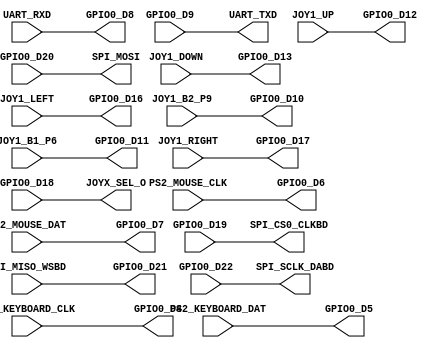
/*
A clock divider in Verilog
*/

module deca_top(
  //input MAX10_CLK1_50,

  /////  IO DECA

  // PS2
  input 	PS2_KEYBOARD_CLK,
  input 	PS2_KEYBOARD_DAT,
  input 	PS2_MOUSE_CLK,
  input 	PS2_MOUSE_DAT,

  // UART
  input   UART_RXD,
  output 	UART_TXD,
  
  // JOYSTICK
	input   JOY1_B2_P9,
	input   JOY1_B1_P6,
	input   JOY1_UP,
	input   JOY1_DOWN,
	input   JOY1_LEFT,
	input   JOY1_RIGHT,
	output  JOYX_SEL_O,

  //Pmod MicroSD
  //inout [7:0]  PMOD1,     
  output SPI_CS0_CLKBD, //CS
  output SPI_MOSI,      //MOSI
  input  SPI_MISO_WSBD, //MISO
  output SPI_SCLK_DABD, //SCK
  
  /////  IO SOCKIT - Signal interface with SOCKIT board
  //keyb
  output GPIO0_D4,  
  output GPIO0_D5,
  //mouse
  output GPIO0_D6,  
  output GPIO0_D7,
  //uart
  output GPIO0_D8,  
  input  GPIO0_D9,
  //joy
  output GPIO0_D10, 
  output GPIO0_D11,
  output GPIO0_D12,
  output GPIO0_D13,
  output GPIO0_D16,
  output GPIO0_D17,
  input  GPIO0_D18,
  //sd card pmod1
  input  GPIO0_D19, //CS
  input  GPIO0_D20, //MOSI
  output GPIO0_D21, //MISO
  input  GPIO0_D22 //SCK
 );


assign GPIO0_D4  = PS2_KEYBOARD_CLK;  //HSMC_CLKIN_n1 PIN_AB27
assign GPIO0_D5  = PS2_KEYBOARD_DAT;  //HSMC_RX _n[7] PIN_F8 
assign GPIO0_D6  = PS2_MOUSE_CLK;     //HSMC_CLKIN_p1 PIN_AA26
assign GPIO0_D7  = PS2_MOUSE_DAT;     //HSMC_RX _p[7] PIN_F9
assign GPIO0_D8  = UART_RXD;          //HSMC_TX _n[7] PIN_B3
assign UART_TXD  = GPIO0_D9;          //HSMC_RX _n[6] PIN_G8
assign GPIO0_D10 = JOY1_B2_P9;        //HSMC_TX _p[7] PIN_C3
assign GPIO0_D11 = JOY1_B1_P6;        //HSMC_RX _p[6] PIN_H8
assign GPIO0_D12 = JOY1_UP;           //HSMC_TX _n[6] PIN_D4
assign GPIO0_D13 = JOY1_DOWN;         //HSMC_RX _n[5] PIN_H7
assign GPIO0_D16 = JOY1_LEFT;         //HSMC_TX _p[6] PIN_E4
assign GPIO0_D17 = JOY1_RIGHT;        //HSMC_RX _p[5] PIN_J7

assign JOYX_SEL_O = GPIO0_D18;        //HSMC_TX _n[5] PIN_E2

// assign PMOD1_0 = GPIO0_D19;          //HSMC_RX _n[4] PIN_K8 //CS
// assign PMOD1_1 = GPIO0_D20;          //HSMC_TX _p[5] PIN_E3 //MOSI
// assign GPIO0_D21 = PMOD1_2;          //HSMC_RX _p[4] PIN_K7 //MISO
// assign PMOD1_3 = GPIO0_D22;          //HSMC_CLKOUT_n1  PIN_E6 //SCK
//assign PMOD1_4 = GPIO0_D23;        //HSMC_RX _n[3] PIN_J9
//assign PMOD1_5 = GPIO0_D24;        //HSMC_CLKOUT_p1  PIN_E7
//assign GPIO0_D25 = PMOD1_6;          //HSMC_RX _p[3] PIN_J10
//assign PMOD1_7 = GPIO0_D26;        //HSMC_TX _n[4] PIN_C4

assign SPI_CS0_CLKBD = GPIO0_D19;
assign SPI_MOSI = GPIO0_D20;
assign GPIO0_D21 = SPI_MISO_WSBD;
assign SPI_SCLK_DABD = GPIO0_D22;

endmodule